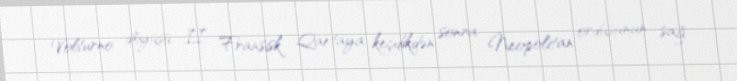
Volturno döyüşü II Fransisk Qaetaya keçdikdən sonra Neopolitan ordusunun sağ